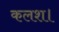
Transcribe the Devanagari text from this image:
कलश।